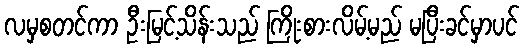
လမှစတင်ကာ ဦးမြင့်သိန်းသည် ကြိုးစားလိမ့်မည် မပြီးခင်မှာပင်